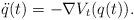
LaTeX: \begin{align*}\ddot q(t) = -\nabla V_t(q(t)) .\end{align*}